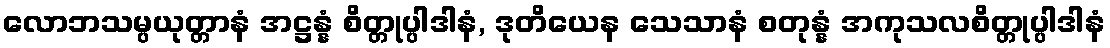
လောဘသမ္ပယုတ္တာနံ အဋ္ဌန္နံ စိတ္တုပ္ပါဒါနံ, ဒုတိယေန သေသာနံ စတုန္နံ အကုသလစိတ္တုပ္ပါဒါနံ